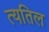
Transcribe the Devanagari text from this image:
त्यतिल